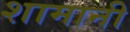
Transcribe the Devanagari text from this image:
शामानी